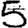
Digit: 5